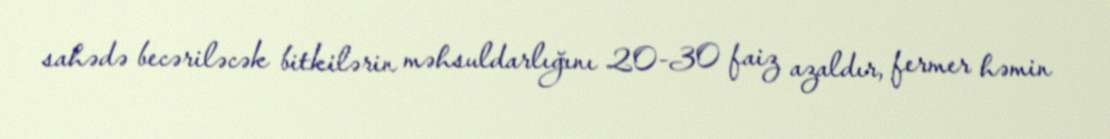
sahədə becəriləcək bitkilərin məhsuldarlığını 20-30 faiz azaldır, fermer həmin